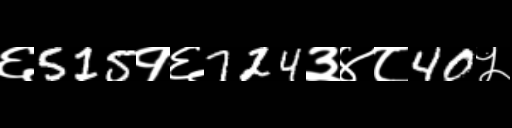
Text: ६515१६724३४८40५